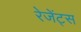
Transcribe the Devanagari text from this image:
रेजेंट्स